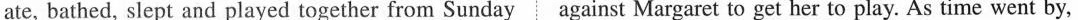
ate, bathed, slept and played together from Sunday against Margaret to get her to play. As time went by,